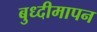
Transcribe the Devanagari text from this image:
बुध्दीमापन